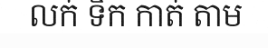
លក់ ទឹក កាត់ តាម